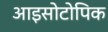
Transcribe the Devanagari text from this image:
आइसोटोपिक